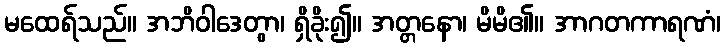
မထေရ်သည်။ အဘိဝါဒေတွာ၊ ရှိခိုး၍။ အတ္တနော၊ မိမိ၏။ အာဂတကာရဏံ၊